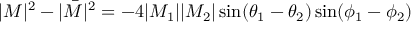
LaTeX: | M | ^ { 2 } - | { \bar { M } } | ^ { 2 } = - 4 | M _ { 1 } | | M _ { 2 } | \sin ( \theta _ { 1 } - \theta _ { 2 } ) \sin ( \phi _ { 1 } - \phi _ { 2 } )